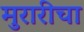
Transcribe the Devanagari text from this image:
मुरारीचा